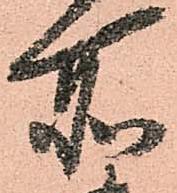
所